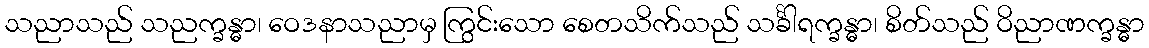
သညာသည် သညက္ခန္ဓာ၊ ဝေဒနာသညာမှ ကြွင်းသော စေတသိက်သည် သင်္ခါရက္ခန္ဓာ၊ စိတ်သည် ဝိညာဏက္ခန္ဓာ